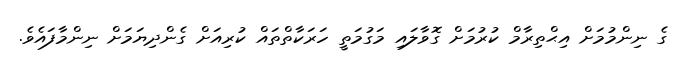
ގެ ނިންމުމަށް އިޙްތިރާމް ކުރުމަށް ގޮވާލައި މަގުމަތީ ހަަރަކާތްތައް ކުރިއަށް ގެންދިޔަމަށް ނިންމާފައެވެ.